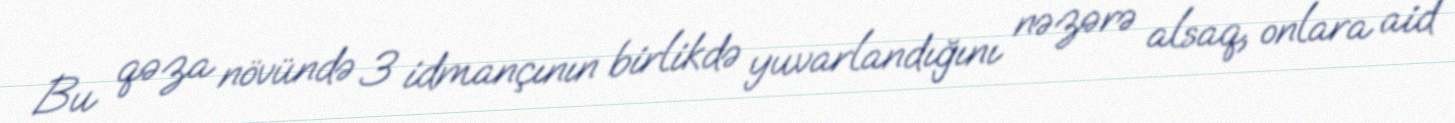
Bu qəza növündə 3 idmançının birlikdə yuvarlandığını nəzərə alsaq, onlara aid